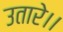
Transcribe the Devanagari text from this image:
उतारे।।